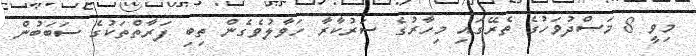
މިވީ 8 މަސްދުވަހުގެ ތެރޭގައި މިހާރުގެ ސަރުކާރާ ހަވާލުވެގެން ތިބި ފަރާތްތަކުގެ ސަބަބުން